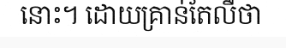
នោះ។ ដោយគ្រាន់តែលឺថា